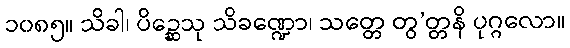
၁၀၈၅။ သိခါ၊ ပိဉ္ဆေသု သိခဏ္ဍော၊ သတ္တေ တွ’တ္တနိ ပုဂ္ဂလော။